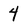
Character: 4